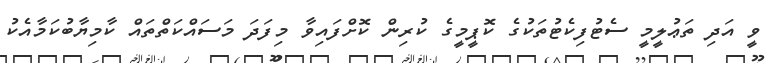
ވީ އަދި ތަޢުލީމީ ސެޓުފިކެޓުތަކުގެ ކޮޕީމީގެ ކުރިން ކޮށްފައިވާ މިފަދަ މަސައްކަތްތައް ކާމިޔާބުކަމާއެކު